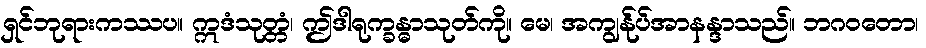
ရှင်ဘုရားကဿပ။ ဣဒံသုတ္တံ၊ ဤဒါရုက္ခန္ဓာသုတ်ကို။ မေ၊ အကျွန်ုပ်အာနန္ဒာသည်။ ဘဂဝတော၊